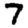
Digit: 7